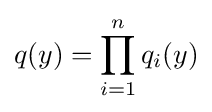
q(y)=\prod _{i=1}^{n}q_{i}(y)